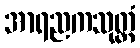
အာရညကသုတ္တံ